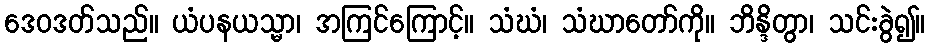
ဒေဝဒတ်သည်။ ယံပနယသ္မာ၊ အကြင်ကြောင့်။ သံဃံ၊ သံဃာတော်ကို။ ဘိန္ဒိတွာ၊ သင်းခွဲ၍။